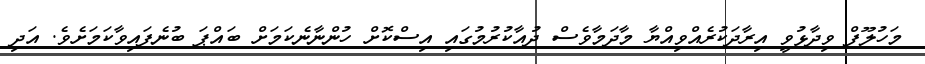
މަހުލޫފް ވިދާޅުވީ އިރާދަކުރެއްވިއްޔާ މާދަމާވެސް ދުއާކުރުމުގައި އިސްކޮށް ހުންނާނެކަމަށް ބައްޕަ ބުނެފައިވާކަމަށެވެ. އަދި